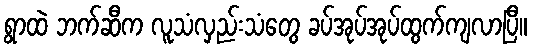
ရွာထဲ ဘက်ဆီက လူသံလှည်းသံတွေ ခပ်အုပ်အုပ်ထွက်ကျလာပြီ။